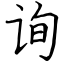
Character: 询